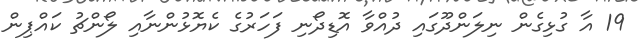
19 އާ ގުޅިގެން ނިލަންދޫގައި ދުއްވާ އޮޑިދޯނި ފަހަރުގެ ކެޔޮޅުންނާއި ލޯންޗު ކައްޕިން